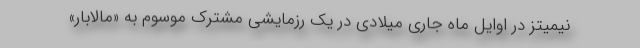
نیمیتز در اوایل ماه جاری میلادی در یک رزمایشی مشترک موسوم به «مالابار»